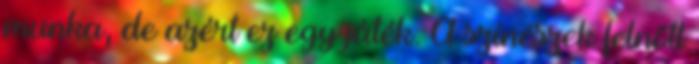
munka, de azért ez egy játék. A színészek felnőtt